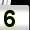
Digit: 5